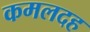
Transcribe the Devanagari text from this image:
कमलदह